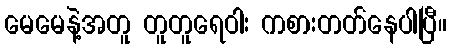
မေမေနဲ့အတူ တူတူရေဝါး ကစားတတ်နေပါပြီ။